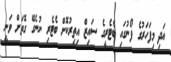
އަދި މިފަހަރުގެ ފޯނުގައި ބެޓެރީގެ ސައިޒް އިތިރުކޮށް ބެޓެރި ނުނެގޭ ގޮތަށް ވަނީ